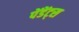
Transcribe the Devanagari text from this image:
पेंडेंट्स